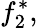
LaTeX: f_{2}^{*},